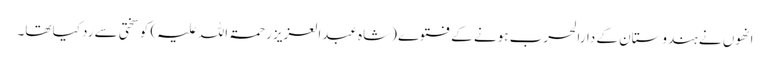
انھوں نے ہندوستان کے دارالحرب ہونے کے فتوے (شاہ عبدالعزیز رحمۃ اللہ علیہ) کو سختی سے رد کیا تھا۔